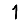
Digit: 1